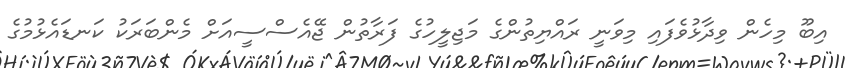
އިބޫ މިހެން ވިދާޅުވެފައި މިވަނީ ރައްޔިތުންގެ މަޖިލީހުގެ ފަރާތުން ޖޭއެސްސީއަށް މެންބަރަކު ކަނޑައެޅުމުގެ